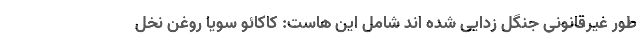
طور غیرقانونی جنگل زدایی شده اند شامل این هاست: کاکائو سویا روغن نخل